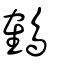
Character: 鶴